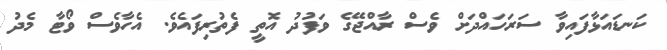
ކަނޑައަޅާފައިވާ ސަރަހައްދަށް ވެސް ރާއްޖޭގެ ވަފުދު އޮތީ ފެތުރިފައެވެ. އެހާވެސް ވޯޓާ މެދު